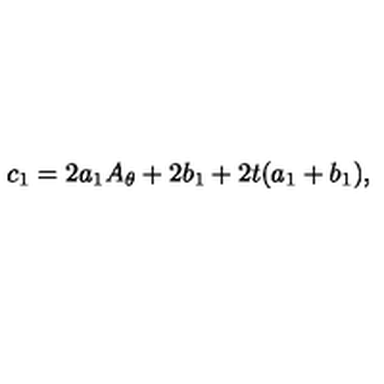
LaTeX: c _ { 1 } = 2 a _ { 1 } A _ { \theta } + 2 b _ { 1 } + 2 t ( a _ { 1 } + b _ { 1 } ) ,